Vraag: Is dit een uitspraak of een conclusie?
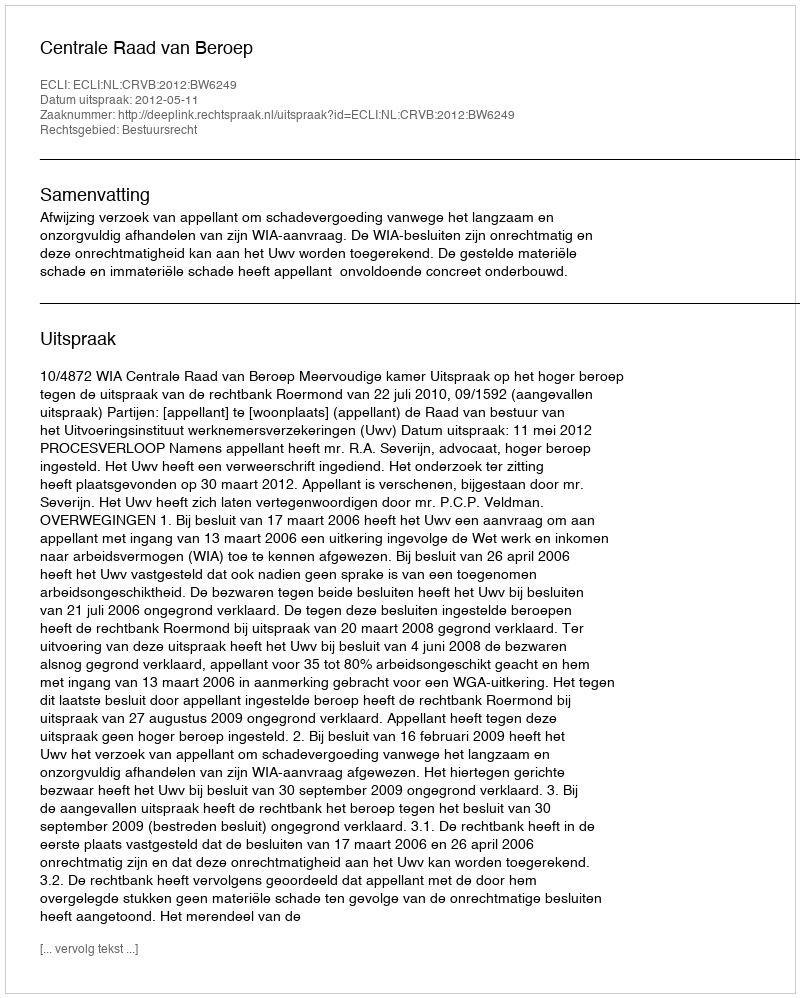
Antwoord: Uitspraak